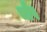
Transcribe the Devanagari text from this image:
चौप